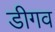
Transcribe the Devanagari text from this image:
डीगव